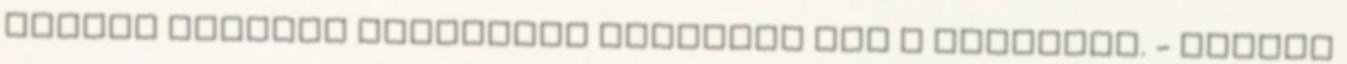
asztal lapjára koppintva imitálom azt a zuhanást. - Hannah